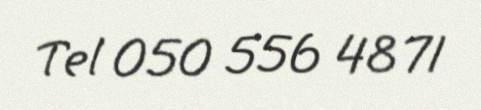
Tel 050 556 48 71